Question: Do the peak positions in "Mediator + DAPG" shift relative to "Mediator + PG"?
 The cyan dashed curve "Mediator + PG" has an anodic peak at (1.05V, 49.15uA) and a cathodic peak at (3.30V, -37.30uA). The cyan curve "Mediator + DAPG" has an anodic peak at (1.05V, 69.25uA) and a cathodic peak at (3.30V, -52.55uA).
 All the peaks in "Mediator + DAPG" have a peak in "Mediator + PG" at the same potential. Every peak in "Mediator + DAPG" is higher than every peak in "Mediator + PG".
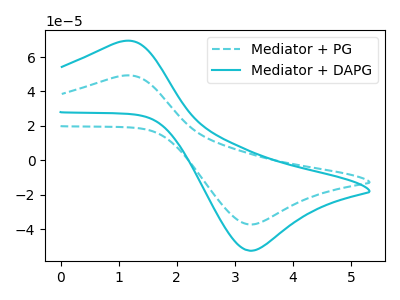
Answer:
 <answer>No, "Mediator + DAPG" and "Mediator + PG" don't appear to be significantly different in shape</answer>
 <eval>no_change</eval>